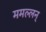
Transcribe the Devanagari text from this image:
ममल्लन्